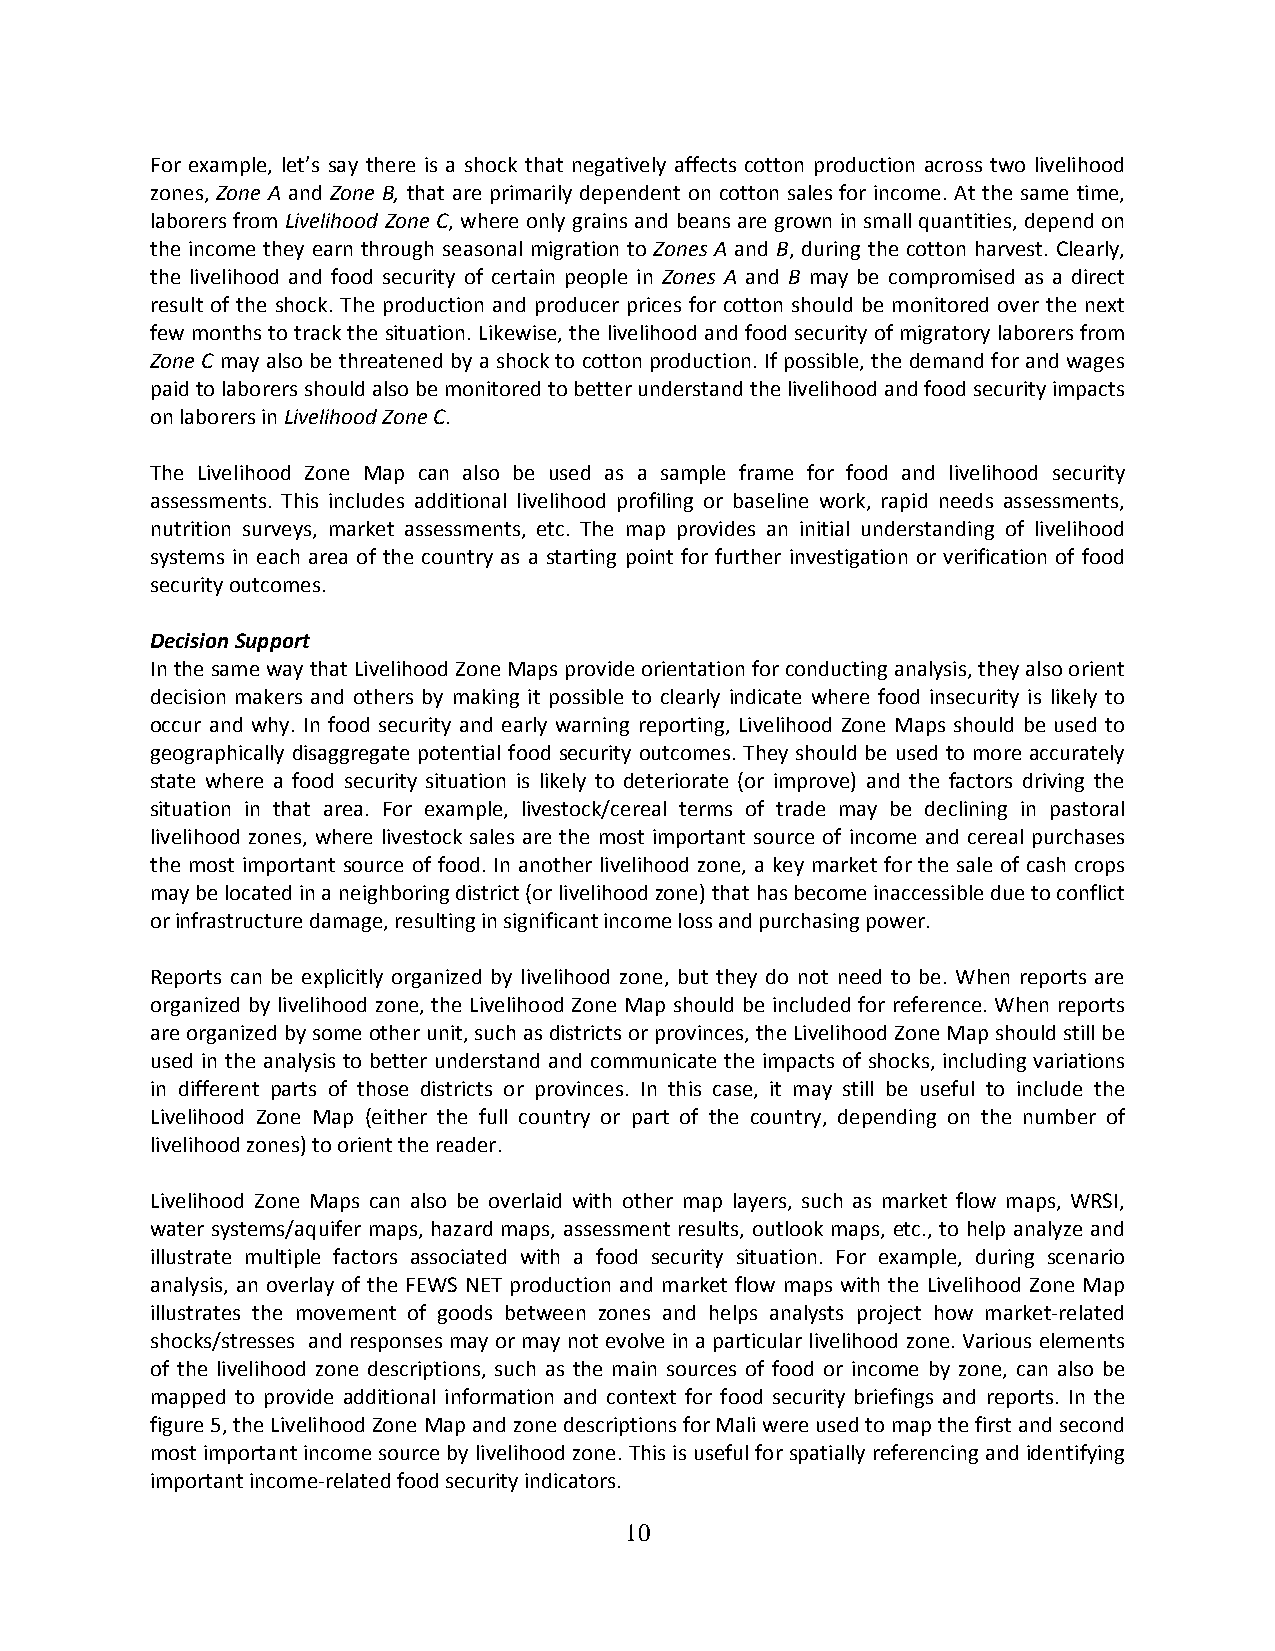
For example, let’s say there is a shock that negatively affects cotton production across two livelihood
 zones, Zone A and Zone B, that are primarily dependent on cotton sales for income. At the same time,
 laborers from Livelihood Zone C, where only grains and beans are grown in small quantities, depend on
 the income they earn through seasonal migration to Zones A and B, during the cotton harvest. Clearly,
 the livelihood and food security of certain people in Zones A and B may be compromised as a direct
 result of the shock. The production and producer prices for cotton should be monitored over the next
 few months to track the situation. Likewise, the livelihood and food security of migratory laborers from
 Zone C may also be threatened by a shock to cotton production. If possible, the demand for and wages
 paid to laborers should also be monitored to better understand the livelihood and food security impacts
 on laborers in Livelihood Zone C.
 The Livelihood Zone Map can also be used as a sample frame for food and livelihood security
 assessments. This includes additional livelihood profiling or baseline work, rapid needs assessments,
 nutrition surveys, market assessments, etc. The map provides an initial understanding of livelihood
 systems in each area of the country as a starting point for further investigation or verification of food
 security outcomes.
 Decision Support
 In the same way that Livelihood Zone Maps provide orientation for conducting analysis, they also orient
 decision makers and others by making it possible to clearly indicate where food insecurity is likely to
 occur and why. In food security and early warning reporting, Livelihood Zone Maps should be used to
 geographically disaggregate potential food security outcomes. They should be used to more accurately
 state where a food security situation is likely to deteriorate (or improve) and the factors driving the
 situation in that area. For example, livestock/cereal terms of trade may be declining in pastoral
 livelihood zones, where livestock sales are the most important source of income and cereal purchases
 the most important source of food. In another livelihood zone, a key market for the sale of cash crops
 may be located in a neighboring district (or livelihood zone) that has become inaccessible due to conflict
 or infrastructure damage, resulting in significant income loss and purchasing power.
 Reports can be explicitly organized by livelihood zone, but they do not need to be. When reports are
 organized by livelihood zone, the Livelihood Zone Map should be included for reference. When reports
 are organized by some other unit, such as districts or provinces, the Livelihood Zone Map should still be
 used in the analysis to better understand and communicate the impacts of shocks, including variations
 in different parts of those districts or provinces. In this case, it may still be useful to include the
 Livelihood Zone Map (either the full country or part of the country, depending on the number of
 livelihood zones) to orient the reader.
 Livelihood Zone Maps can also be overlaid with other map layers, such as market flow maps, WRSI,
 water systems/aquifer maps, hazard maps, assessment results, outlook maps, etc., to help analyze and
 illustrate multiple factors associated with a food security situation. For example, during scenario
 analysis, an overlay of the FEWS NET production and market flow maps with the Livelihood Zone Map
 illustrates the movement of goods between zones and helps analysts project how market‐related
 shocks/stresses and responses may or may not evolve in a particular livelihood zone. Various elements
 of the livelihood zone descriptions, such as the main sources of food or income by zone, can also be
 mapped to provide additional information and context for food security briefings and reports. In the
 figure 5, the Livelihood Zone Map and zone descriptions for Mali were used to map the first and second
 most important income source by livelihood zone. This is useful for spatially referencing and identifying
 important income‐related food security indicators.
 10